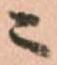
ニ